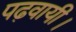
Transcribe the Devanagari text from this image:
पढ़वायी।